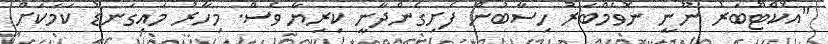
"އޮކްޓޫބަރު ނޫނީ ނޮވެމްބަރު ހިސާބުން ފެށިގެންދާނީ ކިރިޔާ ވެސް. މިހާރު މައިގަނޑު ކަމަކަށް